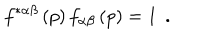
f ^ { * \alpha \beta } \left( p \right) f _ { \alpha \beta } \left( p \right) = 1 \; \, .